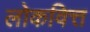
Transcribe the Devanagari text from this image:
लोकवित्त